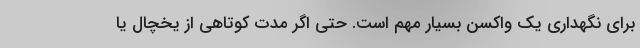
برای نگهداری یک واکسن بسیار مهم است. حتی اگر مدت کوتاهی از یخچال یا